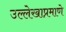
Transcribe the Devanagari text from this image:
उल्लेखाप्रमाणे